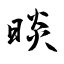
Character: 晱